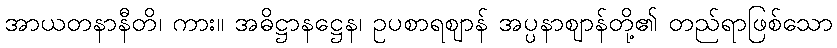
အာယတနာနီတိ၊ ကား။ အဓိဋ္ဌာနဋ္ဌေန၊ ဥပစာရဈာန် အပ္ပနာဈာန်တို့၏ တည်ရာဖြစ်သော